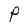
Character: P